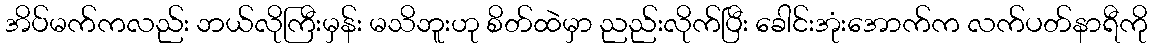
အိပ်မက်ကလည်း ဘယ်လိုကြီးမှန်း မသိဘူးဟု စိတ်ထဲမှာ ညည်းလိုက်ပြီး ခေါင်းအုံးအောက်က လက်ပတ်နာရီကို